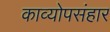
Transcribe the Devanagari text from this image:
काव्योपसंहार